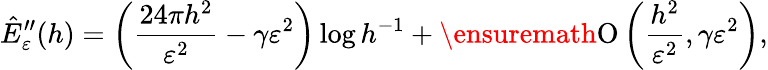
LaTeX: \hat{E}_{\varepsilon}^{\prime\prime}(h)=\left(\frac{24\pi h^{2}}{\varepsilon^{2}}-\gamma\varepsilon^{2}\right)\log h^{-1}+\ensuremath{\operatorname{O}\left(\frac{h^{2}}{\varepsilon^{2}},\gamma\varepsilon^{2}\right)},